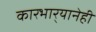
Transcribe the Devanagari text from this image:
कारभार्‍यानेही